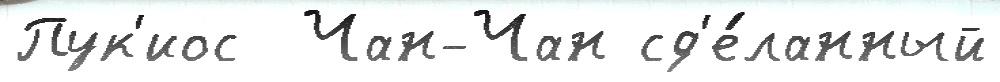
Пук'иос  Чан-Чан сд'е́ланный